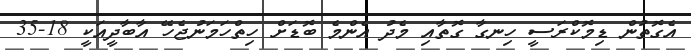
އެގޮތުން ޑިމޮކްރަސީ ހިނގާ ގޮތާއި މެދު އެންމެ ބޮޑަށް ހިތްހަމަނުޖެހޭ އާބާދީއަކީ 18-35